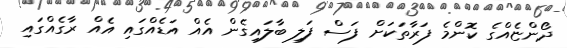
ދޯންޏެއްގެ ކޮންމެ ފަރާތަކަށް ފަސް ފަލި ބާލައިގެން އެއް އަޑެއްގައި އެއް ރާގެއްގައި